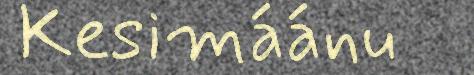
Kesimáánu